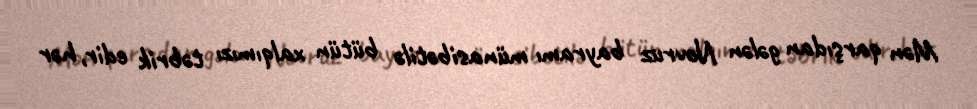
Mən qarşıdan gələn Novruz bayramı münasibətilə bütün xalqımızı təbrik edir, hər